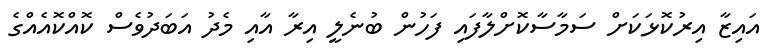
އައިޒާ އިރުކޮޅަކަށް ސަމާސާކޮށްލާފައި ފަހުން ބުނެލީ އިރާ އާއި މެދު އަބަދުވެސް ކޮއްކޮއެއްގެ